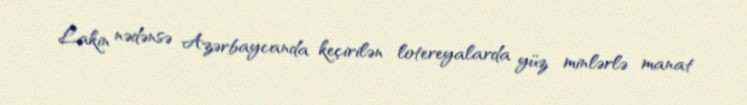
Lakin nədənsə Azərbaycanda keçirilən lotereyalarda yüz minlərlə manat